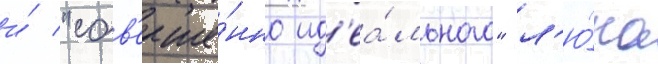
и́ "сов'ерше́нно ид'еа́льного" л'ю́ка